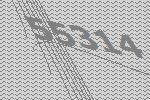
55314